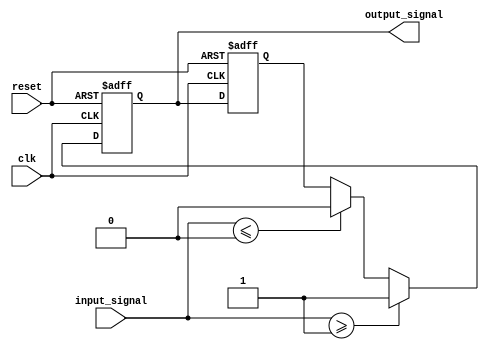
module schmitt_trigger_buffer (
    input wire clk,
    input wire reset,
    input wire input_signal,
    output reg output_signal
);

// Parameters for hysteresis thresholds
parameter VTHRESH_HIGH = 1;
parameter VTHRESH_LOW = 0;

// State variables
reg output_reg;
reg last_output_reg;

// Implementing Schmitt trigger logic
always @(posedge clk, posedge reset) begin
    if (reset) begin
        last_output_reg <= 0;
        output_reg <= 0;
    end else begin
        last_output_reg <= output_reg;
        if (input_signal >= VTHRESH_HIGH) begin
            output_reg <= 1;
        end else if (input_signal <= VTHRESH_LOW) begin
            output_reg <= 0;
        end else begin
            output_reg <= last_output_reg;
        end
    end
end

assign output_signal = output_reg;

endmodule